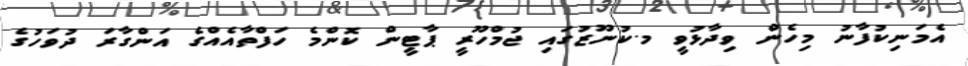
އެމަނިކުފާނު މިހެން ވިދާޅުވީ މ.ކުނޫޒުގައި ޖުމްހޫރީ ޕާޓީން ކޮންމެ ހަފްތާއެއްގެ އަންގާރަ ދުވަހުގެ